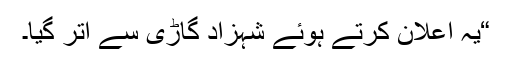
“یہ اعلان کرتے ہوئے شہزاد گاڑی سے اْتر گیا۔